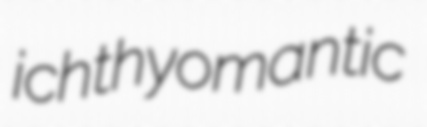
ichthyomantic